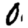
Digit: 0